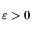
\varepsilon > 0